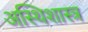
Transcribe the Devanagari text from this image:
अस्थिशास्त्र